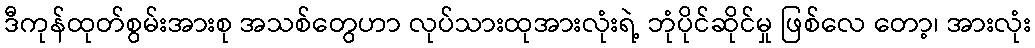
ဒီကုန်ထုတ်စွမ်းအားစု အသစ်တွေဟာ လုပ်သားထုအားလုံးရဲ့ ဘုံပိုင်ဆိုင်မှု ဖြစ်လေ တော့၊ အားလုံး